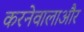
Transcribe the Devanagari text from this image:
करनेवालाऔर